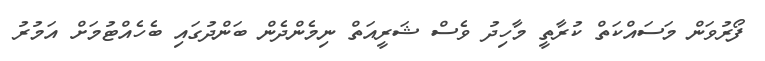
ފޯރުވަން މަސައްކަތް ކުރާތީ މާހިދު ވެސް ޝަރީއަތް ނިމެންދެން ބަންދުގައި ބެހެއްޓުމަށް އަމުރު